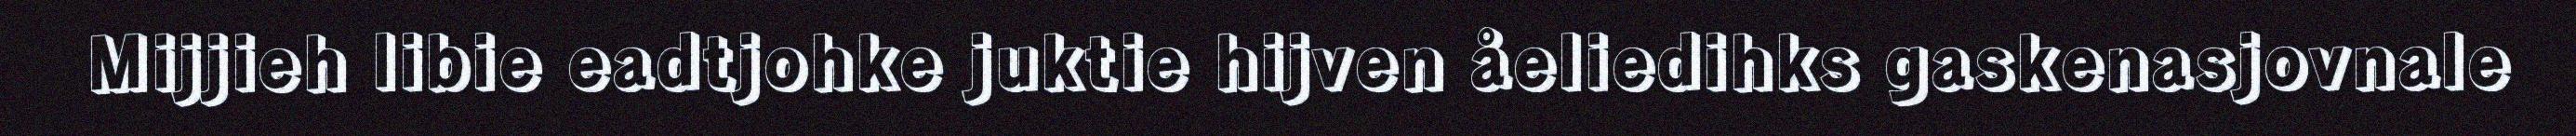
Mijjieh libie eadtjohke juktie hijven åeliedihks gaskenasjovnale